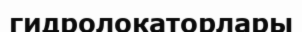
гидролокаторлары